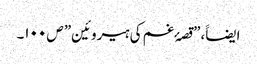
ایضاََ،”قصۂ غم کی ہیروئین” ص ۱۰۰۔